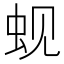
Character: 蚬